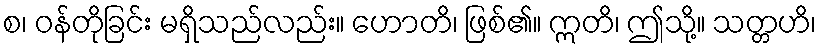
စ၊ ဝန်တိုခြင်း မရှိသည်လည်း။ ဟောတိ၊ ဖြစ်၏။ ဣတိ၊ ဤသို့။ သတ္တဟိ၊